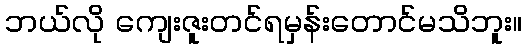
ဘယ်လို ကျေးဇူးတင်ရမှန်းတောင်မသိဘူး။